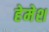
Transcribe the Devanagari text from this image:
हेमेश